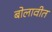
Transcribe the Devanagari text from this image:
बोलावीत